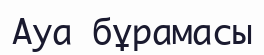
Ауа бұрамасы